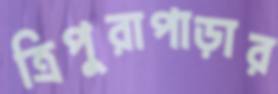
ত্রিপুরাপাড়ার